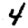
Digit: 4